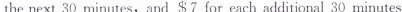
the next 30 minutes, and $7 for each additional 30 minutes